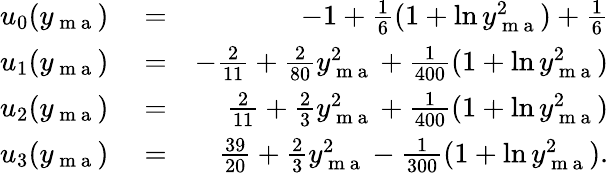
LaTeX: \begin{array}{rlr}{u_{0}(y_{\mathrm{~m~a~}})}&{{}=}&{-1+\frac{1}{6}(1+\ln y_{\mathrm{~m~a~}}^{2})+\frac{1}{6}}\\ {u_{1}(y_{\mathrm{~m~a~}})}&{{}=}&{-\frac{2}{11}+\frac{2}{80}y_{\mathrm{~m~a~}}^{2}+\frac{1}{400}(1+\ln y_{\mathrm{~m~a~}}^{2})}\\ {u_{2}(y_{\mathrm{~m~a~}})}&{{}=}&{\frac{2}{11}+\frac{2}{3}y_{\mathrm{~m~a~}}^{2}+\frac{1}{400}(1+\ln y_{\mathrm{~m~a~}}^{2})}\\ {u_{3}(y_{\mathrm{~m~a~}})}&{{}=}&{\frac{39}{20}+\frac{2}{3}y_{\mathrm{~m~a~}}^{2}-\frac{1}{300}(1+\ln y_{\mathrm{~m~a~}}^{2}).}\end{array}